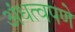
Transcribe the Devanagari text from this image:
अंधत्वपणे